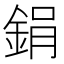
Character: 鋗